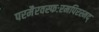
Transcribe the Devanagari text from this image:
परमैरवस्फःरमपिरस्मद्